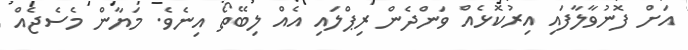
އަށް ފޮނުވާލާފައި އިރުކޮޅެއް ވަންދެން ރިޕްލައި އެއް ލިބޭތޯ އިނެވެ. މަޔާން މެސެޖެއް